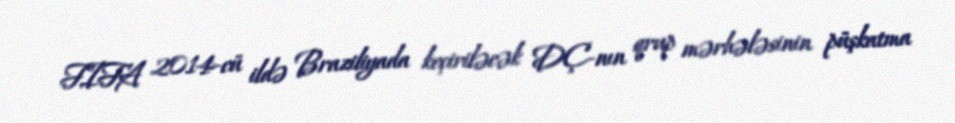
FIFA 2014-cü ildə Braziliyada keçiriləcək DÇ-nın qrup mərhələsinin püşkatma